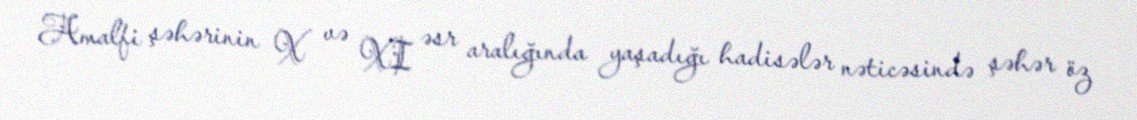
Amalfi şəhərinin X və XI əsr aralığında yaşadığı hadisələr nəticəsində şəhər öz